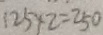
1 2 5 \times 2 = 2 5 0